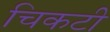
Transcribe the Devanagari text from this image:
चिकटी